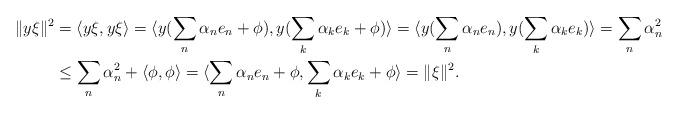
LaTeX: \begin{align*}\|y\xi\|^2&=\langle y \xi,y \xi\rangle =\langle y(\sum_{n}\alpha_n e_n+\phi),y (\sum_{k}\alpha_ke_k+\phi)\rangle =\langle y(\sum_{n}\alpha_n e_n),y (\sum_{k}\alpha_ke_k)\rangle =\sum_n \alpha_n^2\\&\leq \sum_n \alpha_n^2+\langle \phi,\phi\rangle=\langle\sum_{n}\alpha_n e_n+\phi,\sum_{k}\alpha_k e_k+\phi\rangle=\|\xi\|^2.\end{align*}